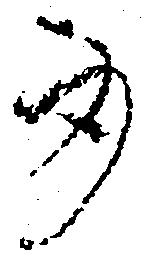
身